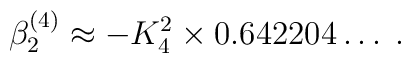
\beta_2^{(4)} \approx -  K_4^2 \times 0.642204 \ldots    \; .